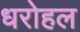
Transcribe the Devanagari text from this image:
धरोहल